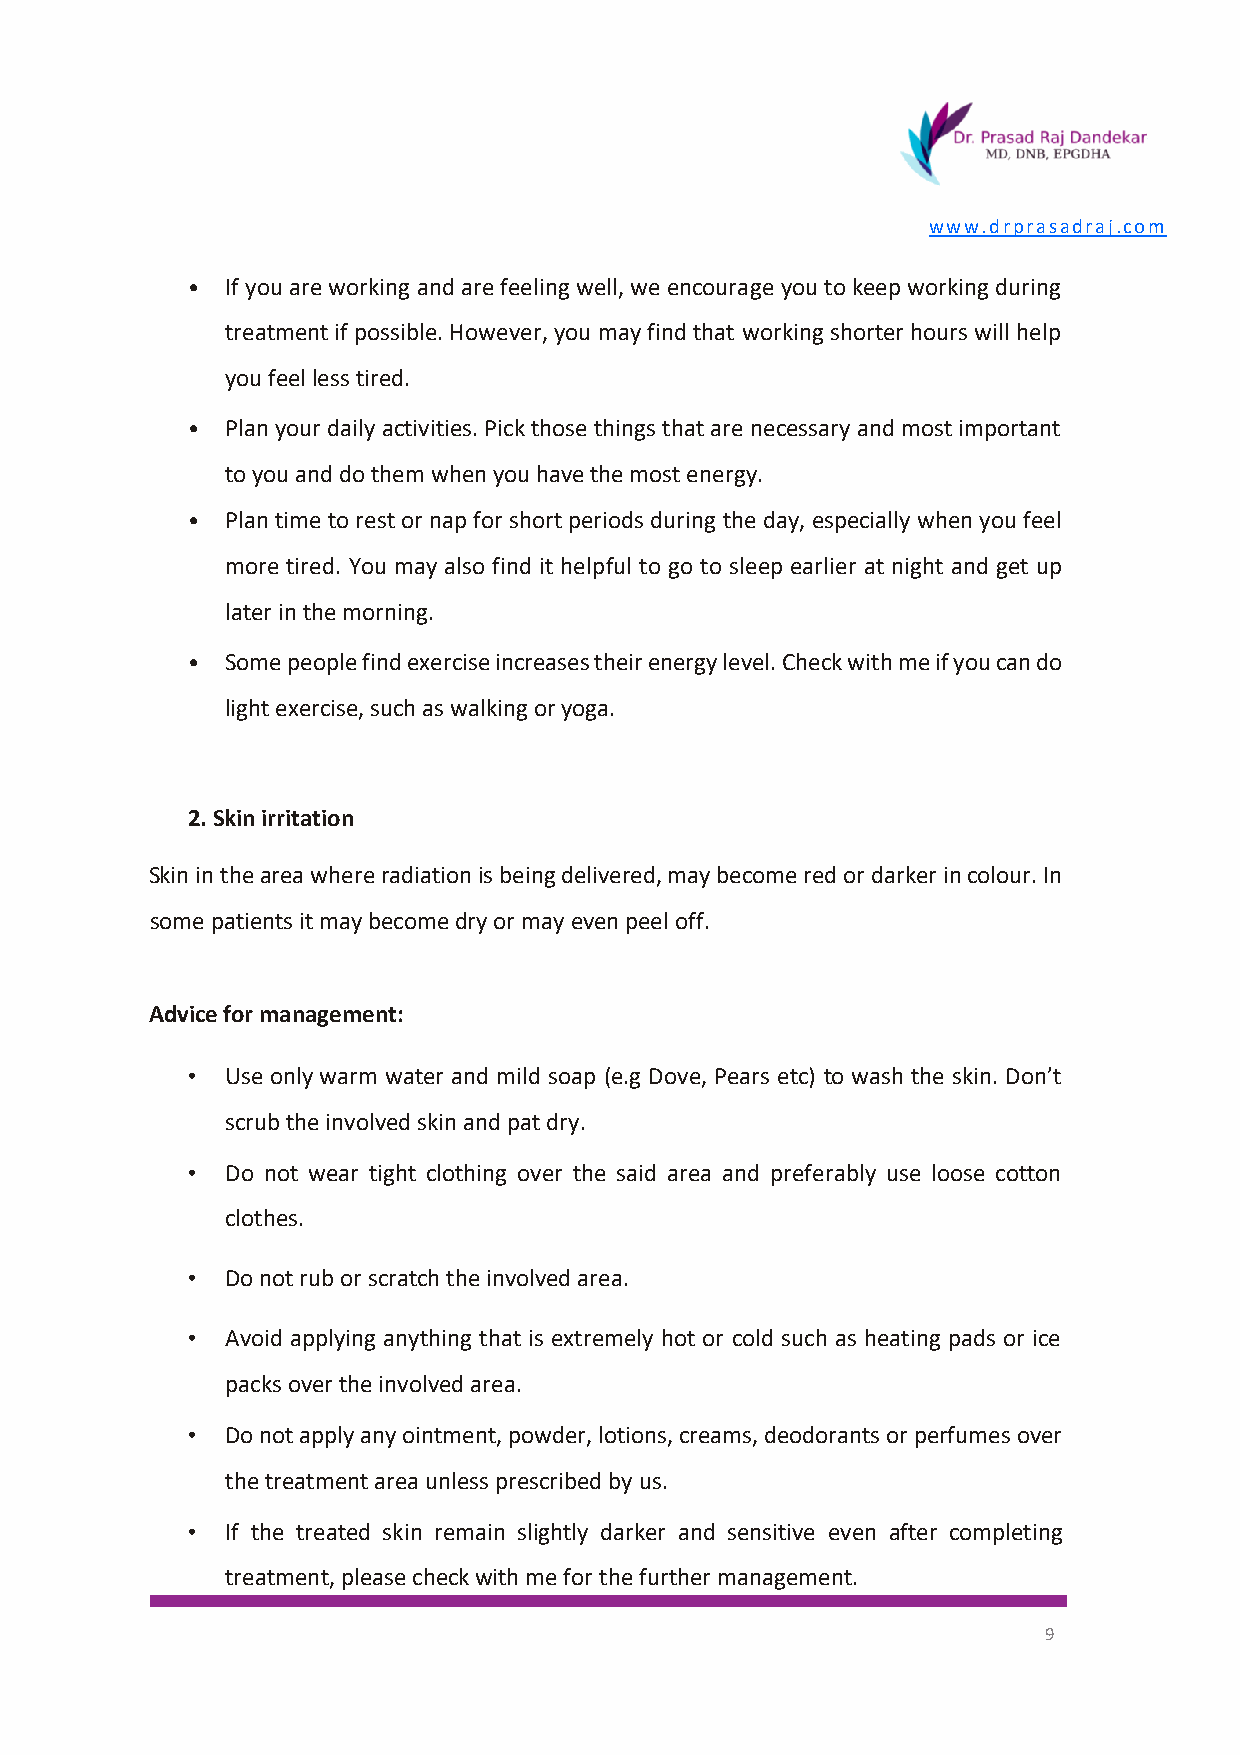
www.drprasadraj.com
 •  If you are working and are feeling well, we encourage you to keep working during
 treatment if possible. However, you may find that working shorter hours will help
 you feel less tired.
 •  Plan your daily activities. Pick those things that are necessary and most important
 to you and do them when you have the most energy.
 •  Plan time to rest or nap for short periods during the day, especially when you feel
 more tired. You may also find it helpful to go to sleep earlier at night and get up
 later in the morning.
 •  Some people find exercise increases their energy level. Check with me if you can do
 light exercise, such as walking or yoga.
 2. Skin irritation
 Skin in the area where radiation is being delivered, may become red or darker in colour. In
 some patients it may become dry or may even peel off.
 Advice for management:
 •  Use only warm water and mild soap (e.g Dove, Pears etc) to wash the skin. Don’t
 scrub the involved skin and pat dry.
 •  Do not wear tight clothing over the said area and preferably use loose cotton
 clothes.
 •  Do not rub or scratch the involved area.
 •  Avoid applying anything that is extremely hot or cold such as heating pads or ice
 packs over the involved area.
 •  Do not apply any ointment, powder, lotions, creams, deodorants or perfumes over
 the treatment area unless prescribed by us.
 •  If the treated skin remain slightly darker and sensitive even after completing
 treatment, please check with me for the further management.
 9